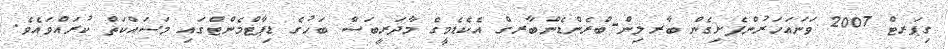
ގިޕަރޓް 2007 ވަނައަހަރުންފެށިގެން ބާރލިން-ބްރެންޑެންބާރގް އެކެޑެމީގެ މާދަރީބަސް ބަހުގެ ޑިޕާޓްމެންޓްގައި މަސައްކަތް ކުރައްވައެވެ.